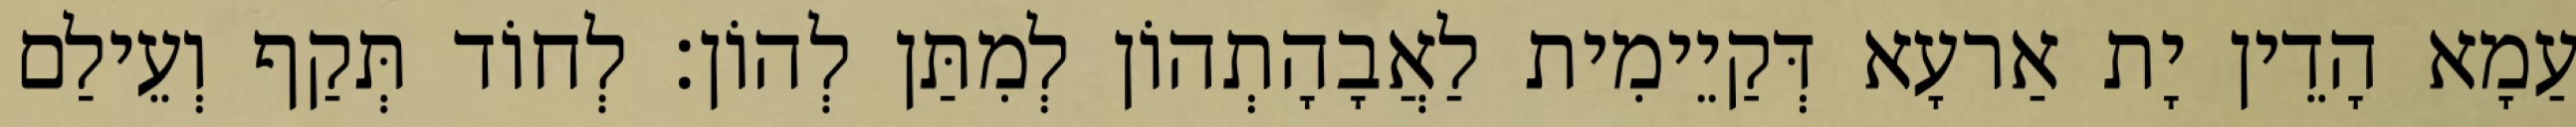
עַמָא הָדֵין יָת אַרעָא דְּקַיֵימִית לַאֲבָהָתְהוֹן לְמִתַּן לְהוֹן׃ לְחוֹד תְּקַף וְעֵילַם